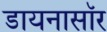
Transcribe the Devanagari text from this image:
डायनासॉर